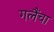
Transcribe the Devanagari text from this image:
गलैंचा